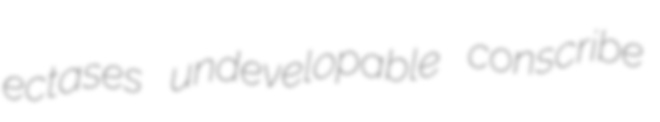
ectases undevelopable conscribe